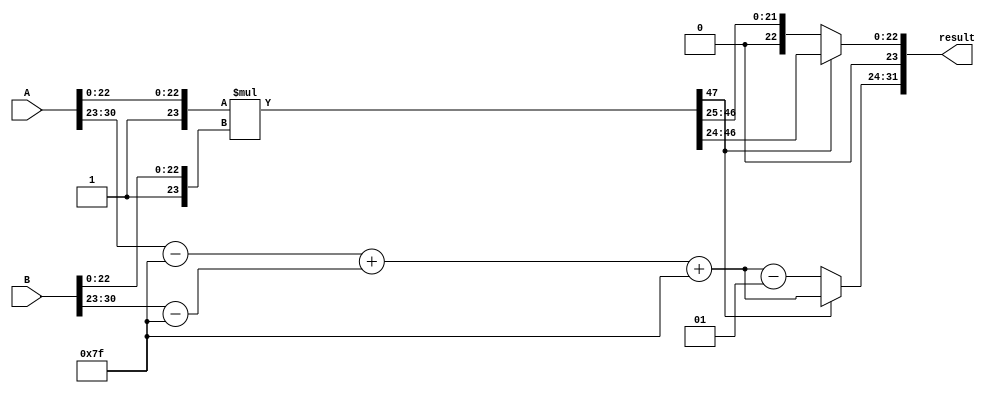
module floating_point_multiplier (
    input [31:0] A, // Input floating-point number A
    input [31:0] B, // Input floating-point number B
    output reg [31:0] result // Output floating-point number result
);
    // Extract sign, exponent, and mantissa
    wire sign_a = A[31];
    wire sign_b = B[31];
    wire [7:0] exp_a = A[30:23];
    wire [7:0] exp_b = B[30:23];
    wire [23:0] mant_a = {1'b1, A[22:0]}; // Implicit leading 1 for normalized
    wire [23:0] mant_b = {1'b1, B[22:0]}; // Implicit leading 1 for normalized

    // Compute the sign of the result
    wire sign_result = sign_a ^ sign_b;

    // Compute exponents
    wire signed [7:0] exp_result = (exp_a - 8'd127) + (exp_b - 8'd127) + 8'd127;

    // Mantissa multiplication (Wallace Tree)
    wire [47:0] mant_product; // 24x24 = 48 bits
    assign mant_product = mant_a * mant_b;

    // Normalization (simplified)
    wire [23:0] normalized_mantissa;
    wire [7:0] exp_adjusted; 
    wire [24:0] mant_temp; // Temporary for normalization
    assign mant_temp = mant_product[47:24]; // Check the leading one position

    // Shift for normalization
    always @(*) begin
        if (mant_temp[23]) begin
            // Normalized case
            normalized_mantissa = mant_temp[22:0];
            exp_adjusted = exp_result;
        end else begin
            // Handle denormalized case: Shift right
            normalized_mantissa = mant_temp[22:1]; // Shift right by 1
            exp_adjusted = exp_result - 1; // Adjust exponent
        end

        // Combine the final result
        result = {sign_result, exp_adjusted, normalized_mantissa};
    end

endmodule